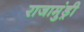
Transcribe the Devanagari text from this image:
राजामुंड्री